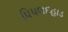
પિપલદહાડ